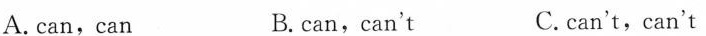
A.can,can B.can,can't C.can't,can't